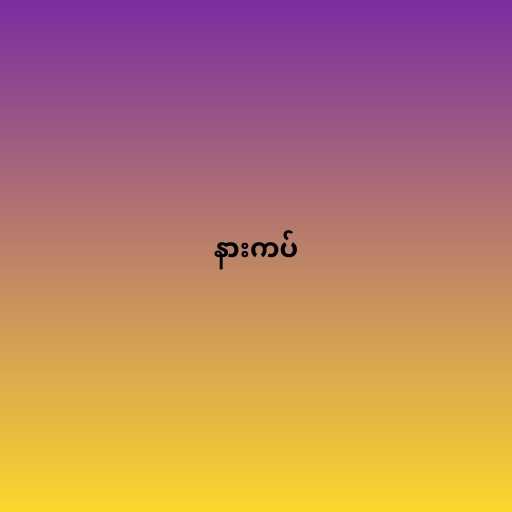
နားကပ်